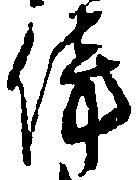
傍